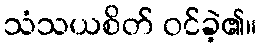
သံသယစိတ် ဝင်ခဲ့၏။